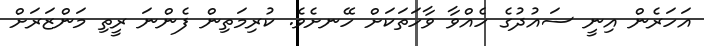
އަހަރެން އިނީ ސައުދުގެ ހެއްވާ ވާހަތަކަށް ހޭނށެވެ. ކުރިމަތިން ފެންނަ ރީތި މަންޒަރަށް